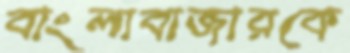
বাংলাবাজারকে